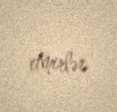
etmirlər.